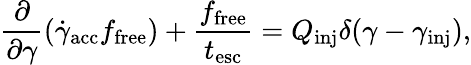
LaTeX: \frac{\partial}{\partial\gamma}\left(\dot{\gamma}_{\mathrm{acc}}f_{\mathrm{free}}\right)+\frac{f_{\mathrm{free}}}{t_{\mathrm{esc}}}=Q_{\mathrm{inj}}\delta(\gamma-\gamma_{\mathrm{inj}}),